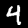
Digit: 4